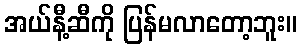
အယ်နီ့ဆီကို ပြန်မလာတော့ဘူး။